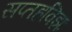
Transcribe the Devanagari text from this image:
सप्तहविझः